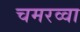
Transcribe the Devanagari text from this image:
चमरव्‍वा